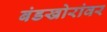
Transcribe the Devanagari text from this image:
बंडखोरांवर